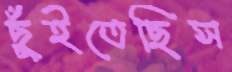
ছুঁইতেছিস